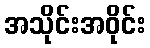
အသိုင်းအဝိုင်း